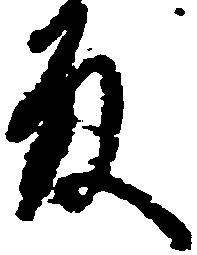
殿